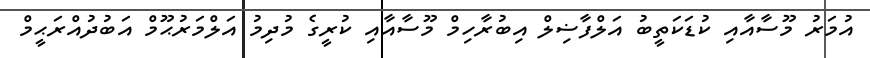
އުމަރު މޫސާއާއި ކުޑަކަތީބު އަލްފާޟިލް އިބުރާހިމް މޫސާއާއި ކުރީގެ މުދިމު އަލްމަރުޙޫމް އަބުދުއްރަޙީމް